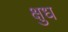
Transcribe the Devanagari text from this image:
क्षुध